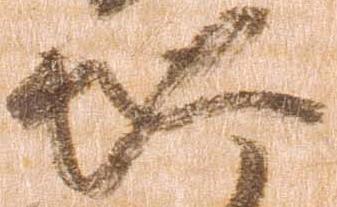
地